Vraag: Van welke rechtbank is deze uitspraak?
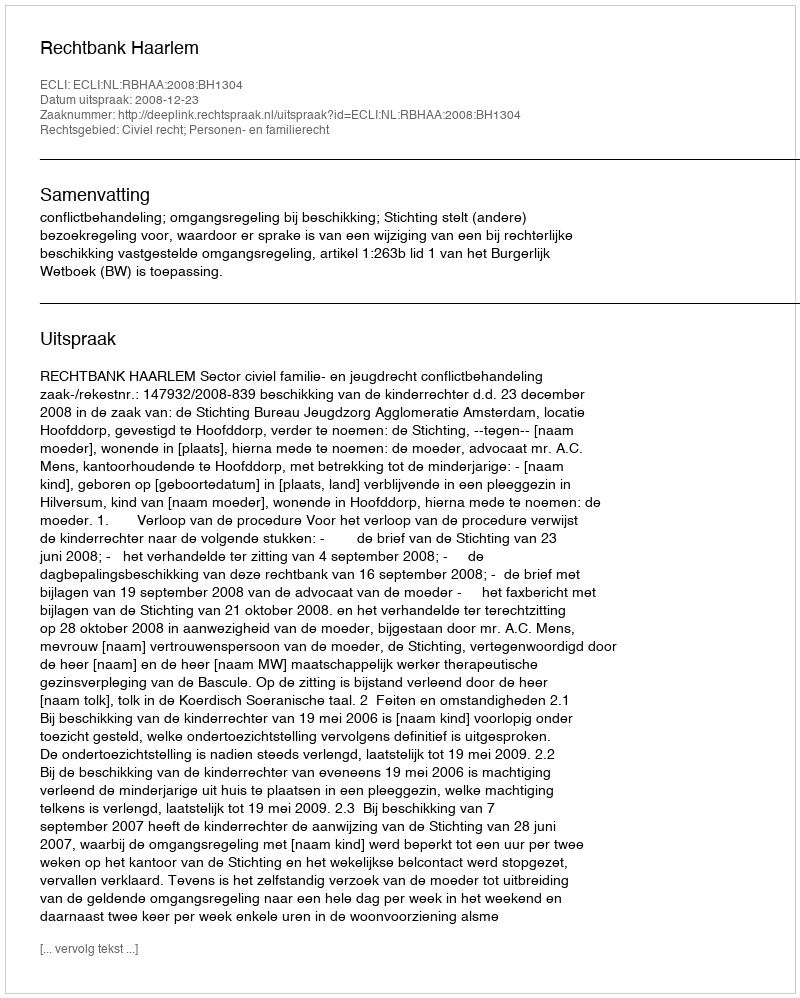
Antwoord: Rechtbank Haarlem